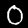
Digit: 0